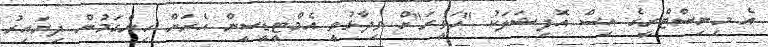
އެ މިނިސްޓްރީގެ އިސް އޮފިޝަލަކު "ހަވީރަ"ށް ވިދާޅުވީ އެމްޓީޑީސީން އެރަށް ހިންގަމުން ދިޔައިރު